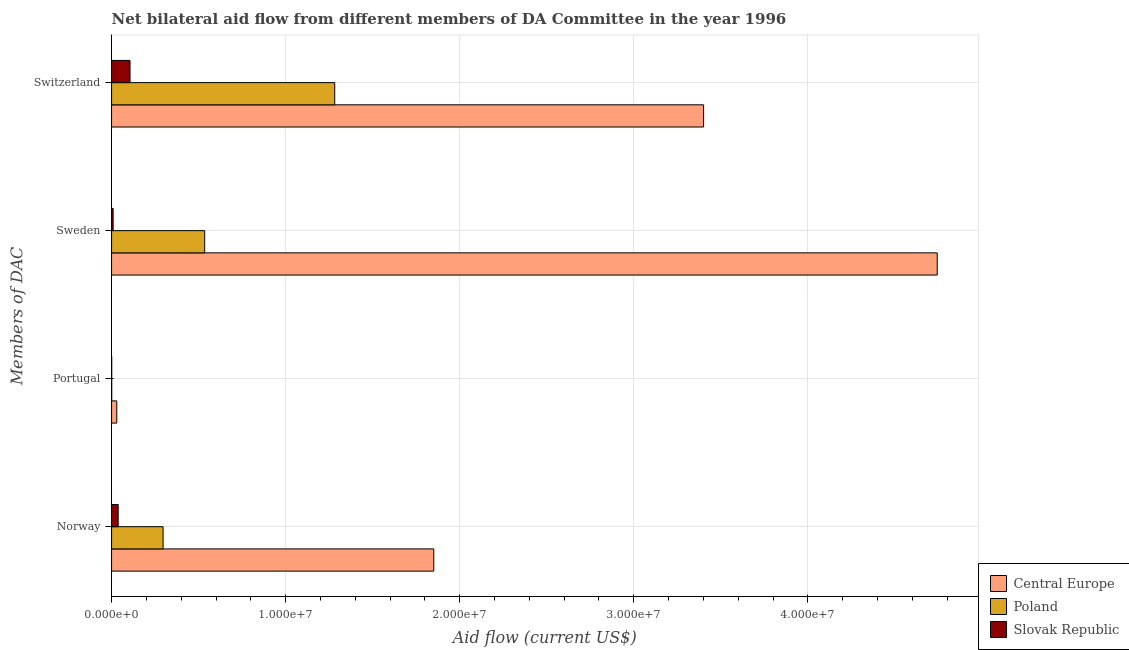
| Members of DAC | Central Europe | Poland | Slovak Republic |
 | --- | --- | --- | --- |
 | Norway | 1.85e+07 | 2.96e+06 | 3.8e+05 |
 | Portugal | 3e+05 | 1e+04 | 1e+04 |
 | Sweden | 4.74e+07 | 5.35e+06 | 9e+04 |
 | Switzerland | 3.4e+07 | 1.28e+07 | 1.06e+06 |